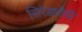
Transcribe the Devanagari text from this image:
सिरेड्यौढ़ी